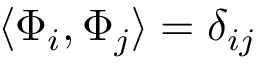
\langle \boldsymbol { \Phi } _ { i } , \boldsymbol { \Phi } _ { j } \rangle = \delta _ { i j }